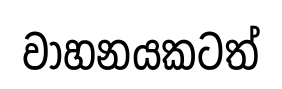
වාහනයකටත්